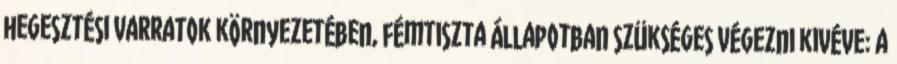
hegesztési varratok környezetében, fémtiszta állapotban szükséges végezni kivéve: a